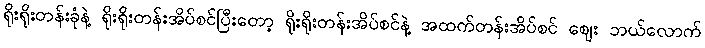
ရိုးရိုးတန်းခုံနဲ့ ရိုးရိုးတန်းအိပ်စင်ပြီးတော့ ရိုးရိုးတန်းအိပ်စင်နဲ့ အထက်တန်းအိပ်စင် ဈေး ဘယ်လောက်